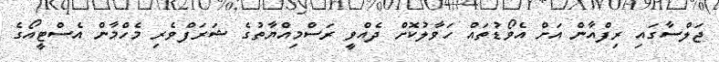
ޖަލްސާގައި ރިފްއާން އަށް އެވޯޑުތައް ހަވާލުކޮށް ދެއްވީ ރަސްމިއްޔާތުގެ ޝަރަފްވެރި މެހްމާން އެސްޓީއޯގެ